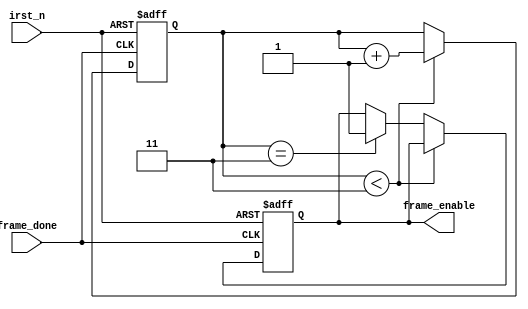
module frame_done_delay_2(
input frame_done,
input irst_n,
output frame_enable
);

reg [1:0] counter =0;
reg frame_enable_r;
assign frame_enable = frame_enable_r;


always @(negedge frame_done or negedge irst_n)begin



    if(!irst_n)begin
        frame_enable_r <=0;
		  counter <=0;
    end
	else if(!frame_done)begin
		if(counter<2'd3)counter <= counter +1;
        else if(counter ==2'd3) frame_enable_r <=1;
	end



end



endmodule